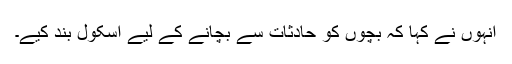
انہوں نے کہا کہ بچوں کو حادثات سے بچانے کے لیے اسکول بند کیے۔